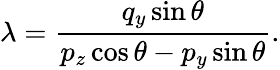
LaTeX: \lambda=\frac{q_{y}\sin\theta}{p_{z}\cos\theta-p_{y}\sin\theta}.